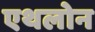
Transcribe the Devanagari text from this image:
एथलोन